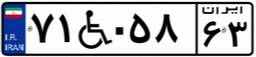
۷۱W۰۵۸۶۳